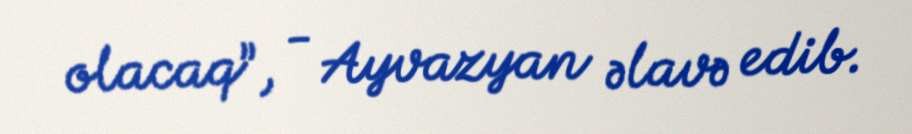
olacaq”, - Ayvazyan əlavə edib.